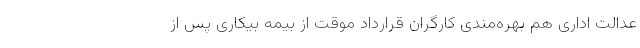
عدالت اداری هم بهره‌مندی کارگران قرارداد موقت از بیمه بیکاری پس از